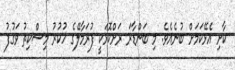
ކާށި އެޅޭކަމަށް ބުނެއެވެ. މި ބަންޑާރަ ރަށްކޮޅަކީ ފުރަމާލޭގެ ހުކުރު މިސްކިިތު ވަގުފު